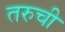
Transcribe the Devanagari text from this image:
तरुची